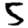
Digit: 5